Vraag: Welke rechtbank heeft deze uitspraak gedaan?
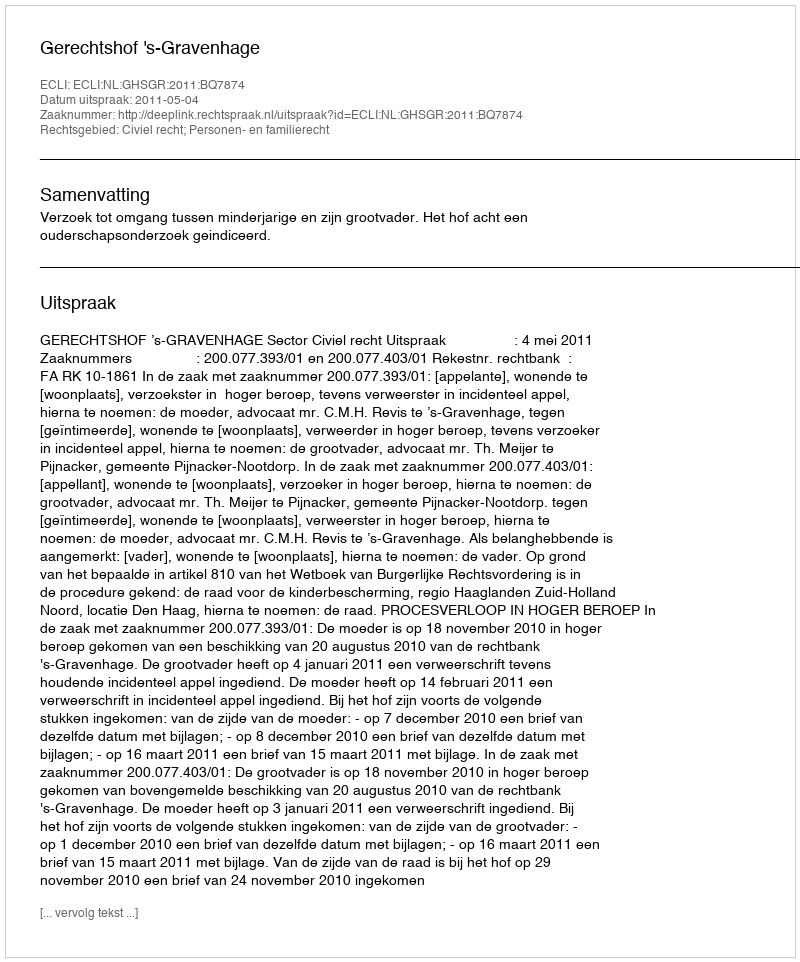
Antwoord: Gerechtshof 's-Gravenhage